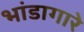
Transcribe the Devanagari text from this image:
भांडागारे